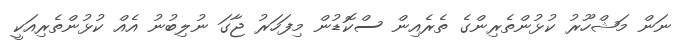
ނަން މަޝްހޫރު ކުޅުންތެރިންގެ ތެރެއިން ސްކޮޑުން މިފަހަރު ޖާގަ ނުލިބުނު އެއް ކުޅުންތެރިއަކީ